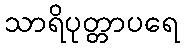
သာရိပုတ္တာပရေ